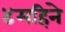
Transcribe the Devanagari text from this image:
४महिने